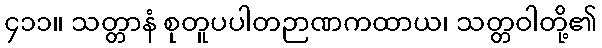
၄၁၁။ သတ္တာနံ စုတူပပါတဉာဏကထာယ၊ သတ္တဝါတို့၏